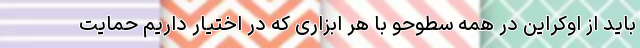
باید از اوکراین در همه سطوحو با هر ابزاری که در اختیار داریم حمایت